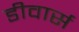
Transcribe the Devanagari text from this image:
डीवार्स